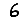
Digit: 6